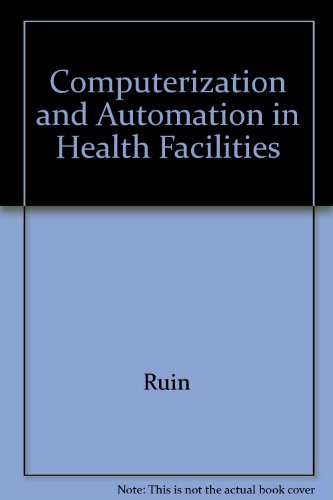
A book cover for Computerization & Automation In Health Facilities (CRC series in informatics in health facilities); Martin Rubin; Medical Books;